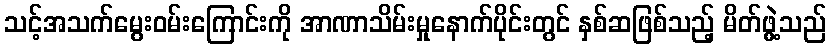
သင့်အသက်မွေးဝမ်းကြောင်းကို အာဏာသိမ်းမှုနောက်ပိုင်းတွင် နှစ်ဆဖြစ်သည့် မိတ်ဖွဲ့သည်